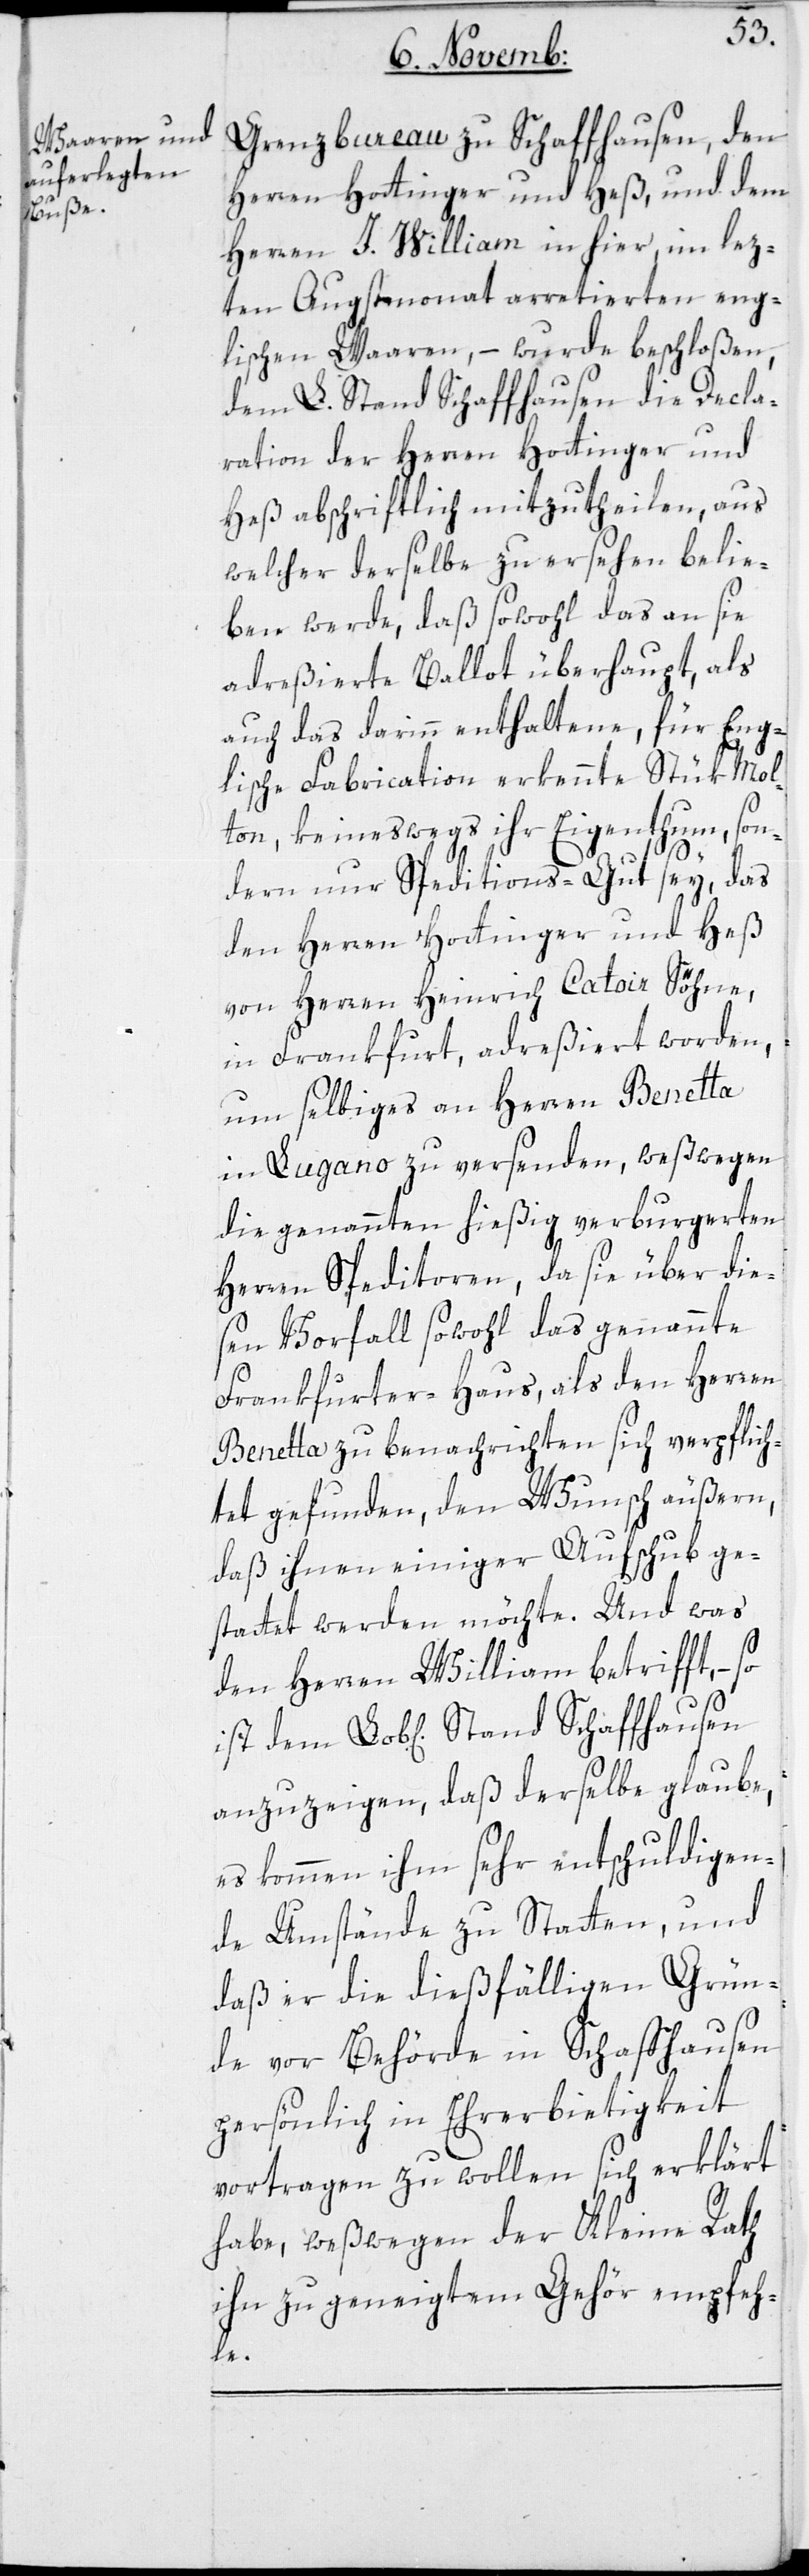
Grenzbureau zu Schaffhausen, den
Herren Hottinger und Heß, und dem
Herren J. William in hier, im lez¬
ten Augstmonat arretierten eng¬
lischen Waaren, – wurde beschloßen,
dem L. Stand Schaffhausen die Decla¬
ration der Herren Hottinger und
Heß abschriftlich mitzutheilen, aus
welcher derselbe zu ersehen belie¬
ben werde, daß sowohl das an sie
adreßierte Ballot überhaupt, als
auch das darinn enthaltene, für Eng¬
lische Fabrication erkennte Stük Mol¬
ton, keineswegs ihr Eigenthum, son¬
dern nur Speditions-Gut sey, das
den Herren Hottinger und Heß
von Herren Heinrich Catoir Söhne,
in Frankfurt, adreßiert worden,
um selbiges an Herren Beneta
in Lugano zu versenden, weßwegen
die genannten hießig verburgerten
Herren Speditoren, da sie über die¬
sen Vorfall sowohl das genannte
Frankfurter Haus, als den Herren
Benetta zu benachrichtigen sich verpflich¬
tet gefunden, den Wunsch äußern,
daß ihnen einiger Aufschub ge¬
stattet werden möchte. Und was
den Herren William betrifft, so
anzuzeigen, daß derselbe glaube,
es kommen ihm sehr entschuldigen¬
de Umstände zu Statten, und
daß er die dießfälligen Grün¬
de vor Behörde in Schaffhausen
persönlich in Ehrerbietigkeit
vortragen zu wollen sich erklärt
habe, weßwegen der Kleine Rath
ihn zu geneigtem Gehör empfeh¬
le.